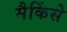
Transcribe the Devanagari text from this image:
मैकिंसे